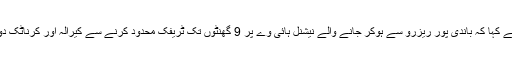
مظاہرہ کر رہے نوجوانوں سے ملنے کے بعد راہل گاندھی نے کہا کہ باندی پور ریزرو سے ہوکر جانے والے نیشنل ہائی وے پر 9 گھنٹوں تک ٹریفک محدود کرنے سے کیرالہ اور کرناٹک دونوں ریاستوں کے عوام کو پریشانی کا سامنا کرنا پڑ رہاہے۔